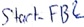
Text: Start_FB2